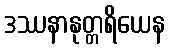
ဒဿနာနုတ္တရိယေန